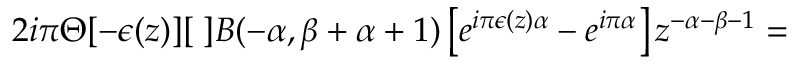
2 i \pi \Theta [ - \epsilon ( z ) ] [ \; ] { \cal B } ( - \alpha , \beta + \alpha + 1 ) \left[ e ^ { i \pi \epsilon ( z ) \alpha } - e ^ { i \pi \alpha } \right] z ^ { - \alpha - \beta - 1 } =